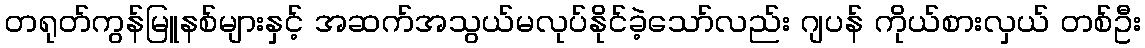
တရုတ်ကွန်မြူနစ်များနှင့် အဆက်အသွယ်မလုပ်နိုင်ခဲ့သော်လည်း ဂျပန် ကိုယ်စားလှယ် တစ်ဦး